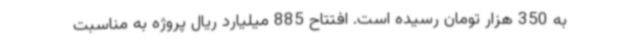
به 350 هزار تومان رسیده است. افتتاح 885 میلیارد ریال پروژه به مناسبت